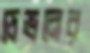
ডেভনের